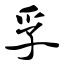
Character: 孚